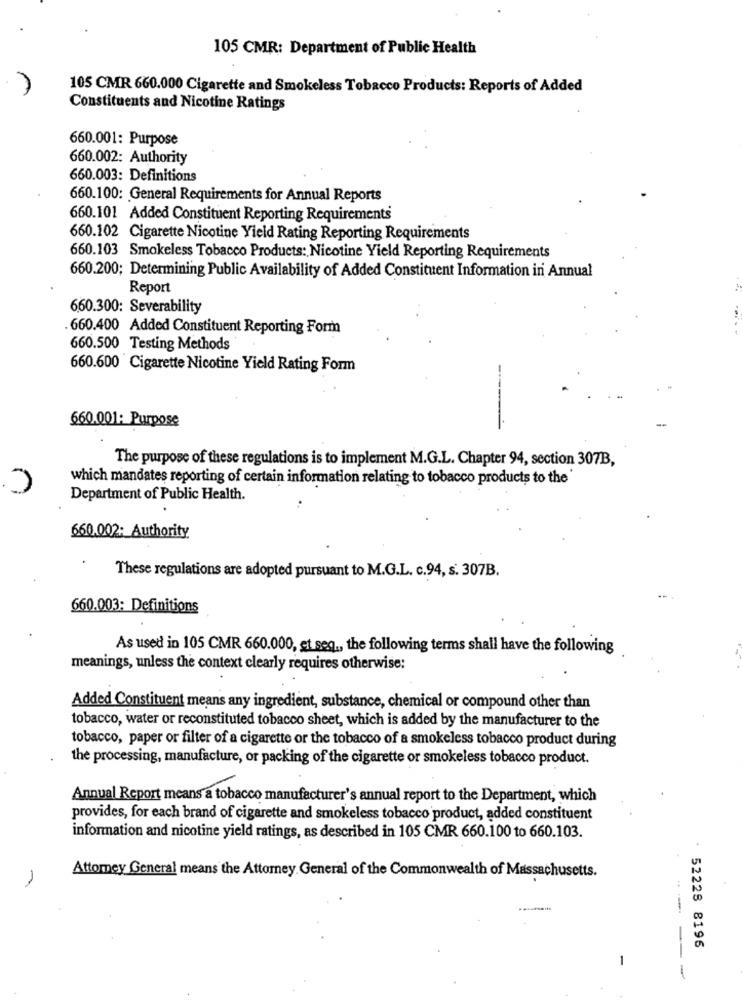
105 CMR: Department of Public Health
105 CMR 660.000 Cigarette and Smokeless Tobacco Products: Reports of Added
Constituents and Nicotine Ratings
660.001: Purpose
660.002: Authority
660.003: Definitions
660.100: General Requirements for Annual Reports
660.101 Added Constituent Reporting Requirements
660.102 Cigarette Nicotine Yield Rating Reporting Requirements
660.103 Smokeless Tobacco Products: Nicotine Yield Reporting Requirements
660.200; Determining Public Availability of Added Constituent Information in Annual
Report
6.60.300: Severability
660.400 Added Constituent Reporting Form
660.500 Testing Methods
660.600 Cigarette Nicotine Yield Rating Form
----
660.001: Purpose
The purpose of these regulations is to implement M.G.L. Chapter 94, section 307B,
which mandates reporting of certain information relating to tobacco products to the'
Department of Public Health.
660.002: Authority
These regulations are adopted pursuant to M.G.L. c.94, s. 307B.
660.003: Definitions
As used in 105 CMR 660.000, et seq ., the following terms shall have the following
meanings, unless the context clearly requires otherwise:
Added Constituent means any ingredient, substance, chemical or compound other than
tobacco, water or reconstituted tobacco sheet, which is added by the manufacturer to the
tobacco, paper or filter of a cigarette or the tobacco of a smokeless tobacco product during
the processing, manufacture, or packing of the cigarette or smokeless tobacco product.
Annual Report means a tobacco manufacturer's annual report to the Department, which
provides, for each brand of cigarette and smokeless tobacco product, added constituent
information and nicotine yield ratings, as described in 105 CMR 660.100 to 660.103.
Attomey General means the Attorney General of the Commonwealth of Massachusetts.
. 52228 8196
-
-----